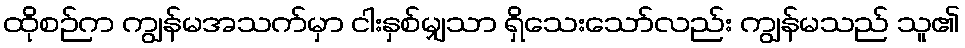
ထိုစဉ်က ကျွန်မအသက်မှာ ငါးနှစ်မျှသာ ရှိသေးသော်လည်း ကျွန်မသည် သူ၏